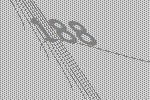
188